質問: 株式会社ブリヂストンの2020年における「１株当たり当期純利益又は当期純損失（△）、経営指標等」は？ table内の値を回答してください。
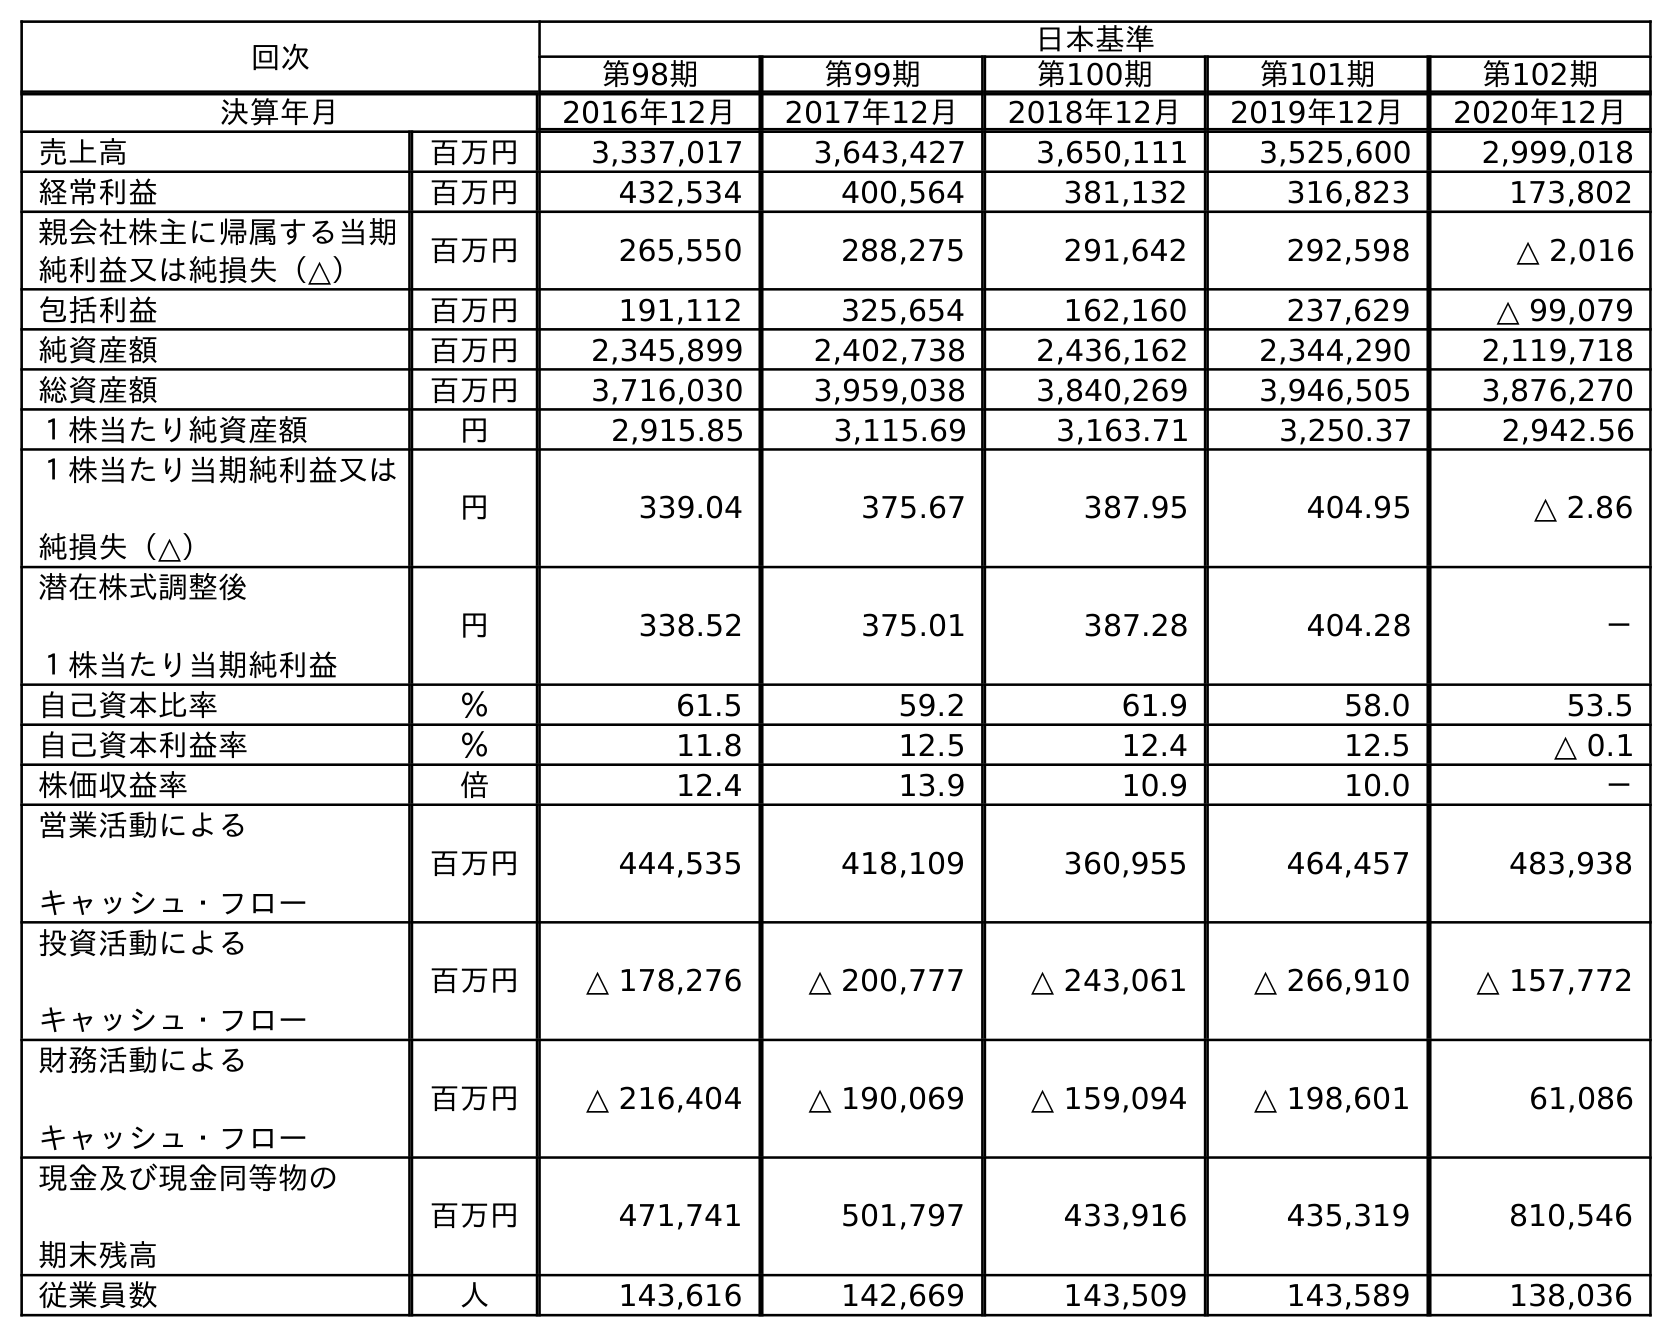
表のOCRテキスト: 回次 日本基準 第98期 第99期 第100期 第101期 第102期 決算年月 2016年12月 2017年12月 2018年12月 2019年12月 2020年12月 売上高 百万円 3,337,017 3,643,427 3,650,111 3,525,600 2,999,018 経常利益 百万円 432,534 400,564 381,132 316,823 173,802 親会社株主に帰属する当期 純利益又は純損失（△） 百万円 265,550 288,275 291,642 292,598 △ 2,016 包括利益 百万円 191,112 325,654 162,160 237,629 △ 99,079 純資産額 百万円 2,345,899 2,402,738 2,436,162 2,344,290 2,119,718 総資産額 百万円 3,716,030 3,959,038 3,840,269 3,946,505 3,876,270 １株当たり純資産額 円 2,915.85 3,115.69 3,163.71 3,250.37 2,942.56 １株当たり当期純利益又は 純損失（△） 円 339.04 375.67 387.95 404.95 △ 2.86 潜在株式調整後 １株当たり当期純利益 円 338.52 375.01 387.28 404.28 － 自己資本比率 ％ 61.5 59.2 61.9 58.0 53.5 自己資本利益率 ％ 11.8 12.5 12.4 12.5 △ 0.1 株価収益率 倍 12.4 13.9 10.9 10.0 － 営業活動による キャッシュ・フロー 百万円 444,535 418,109 360,955 464,457 483,938 投資活動による キャッシュ・フロー 百万円 △ 178,276 △ 200,777 △ 243,061 △ 266,910 △ 157,772 財務活動による キャッシュ・フロー 百万円 △ 216,404 △ 190,069 △ 159,094 △ 198,601 61,086 現金及び現金同等物の 期末残高 百万円 471,741 501,797 433,916 435,319 810,546 従業員数 人 143,616 142,669 143,509 143,589 138,036
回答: △2.86